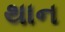
થાન